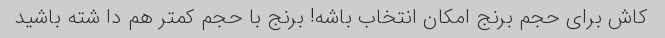
کاش برای حجم برنج امکان انتخاب باشه! برنج‌ با حجم کمتر هم دا شته باشید